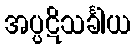
အပ္ပဋိသင်္ခါယ